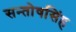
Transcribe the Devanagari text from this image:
सन्तोषसिंह